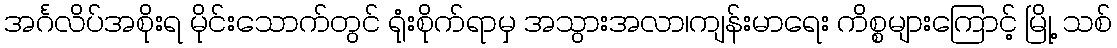
အင်္ဂလိပ်အစိုးရ မိုင်းသောက်တွင် ရုံးစိုက်ရာမှ အသွားအလာ၊ကျန်းမာရေး ကိစ္စများကြောင့် မြို့ သစ်